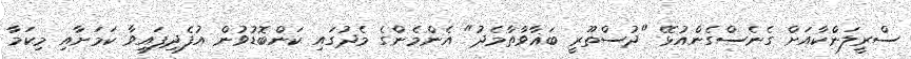
ސްރީލަންކާއަށް ގެނެސްގެންއުޅޭ "ދުސްތޫރީ ބަޣާވާތާމެދު" އެންމެންގެ މެދުގައި ކަންބޮޑުވުން އުފެދިފައިވާ ކަމަށާއި މިކަމާ